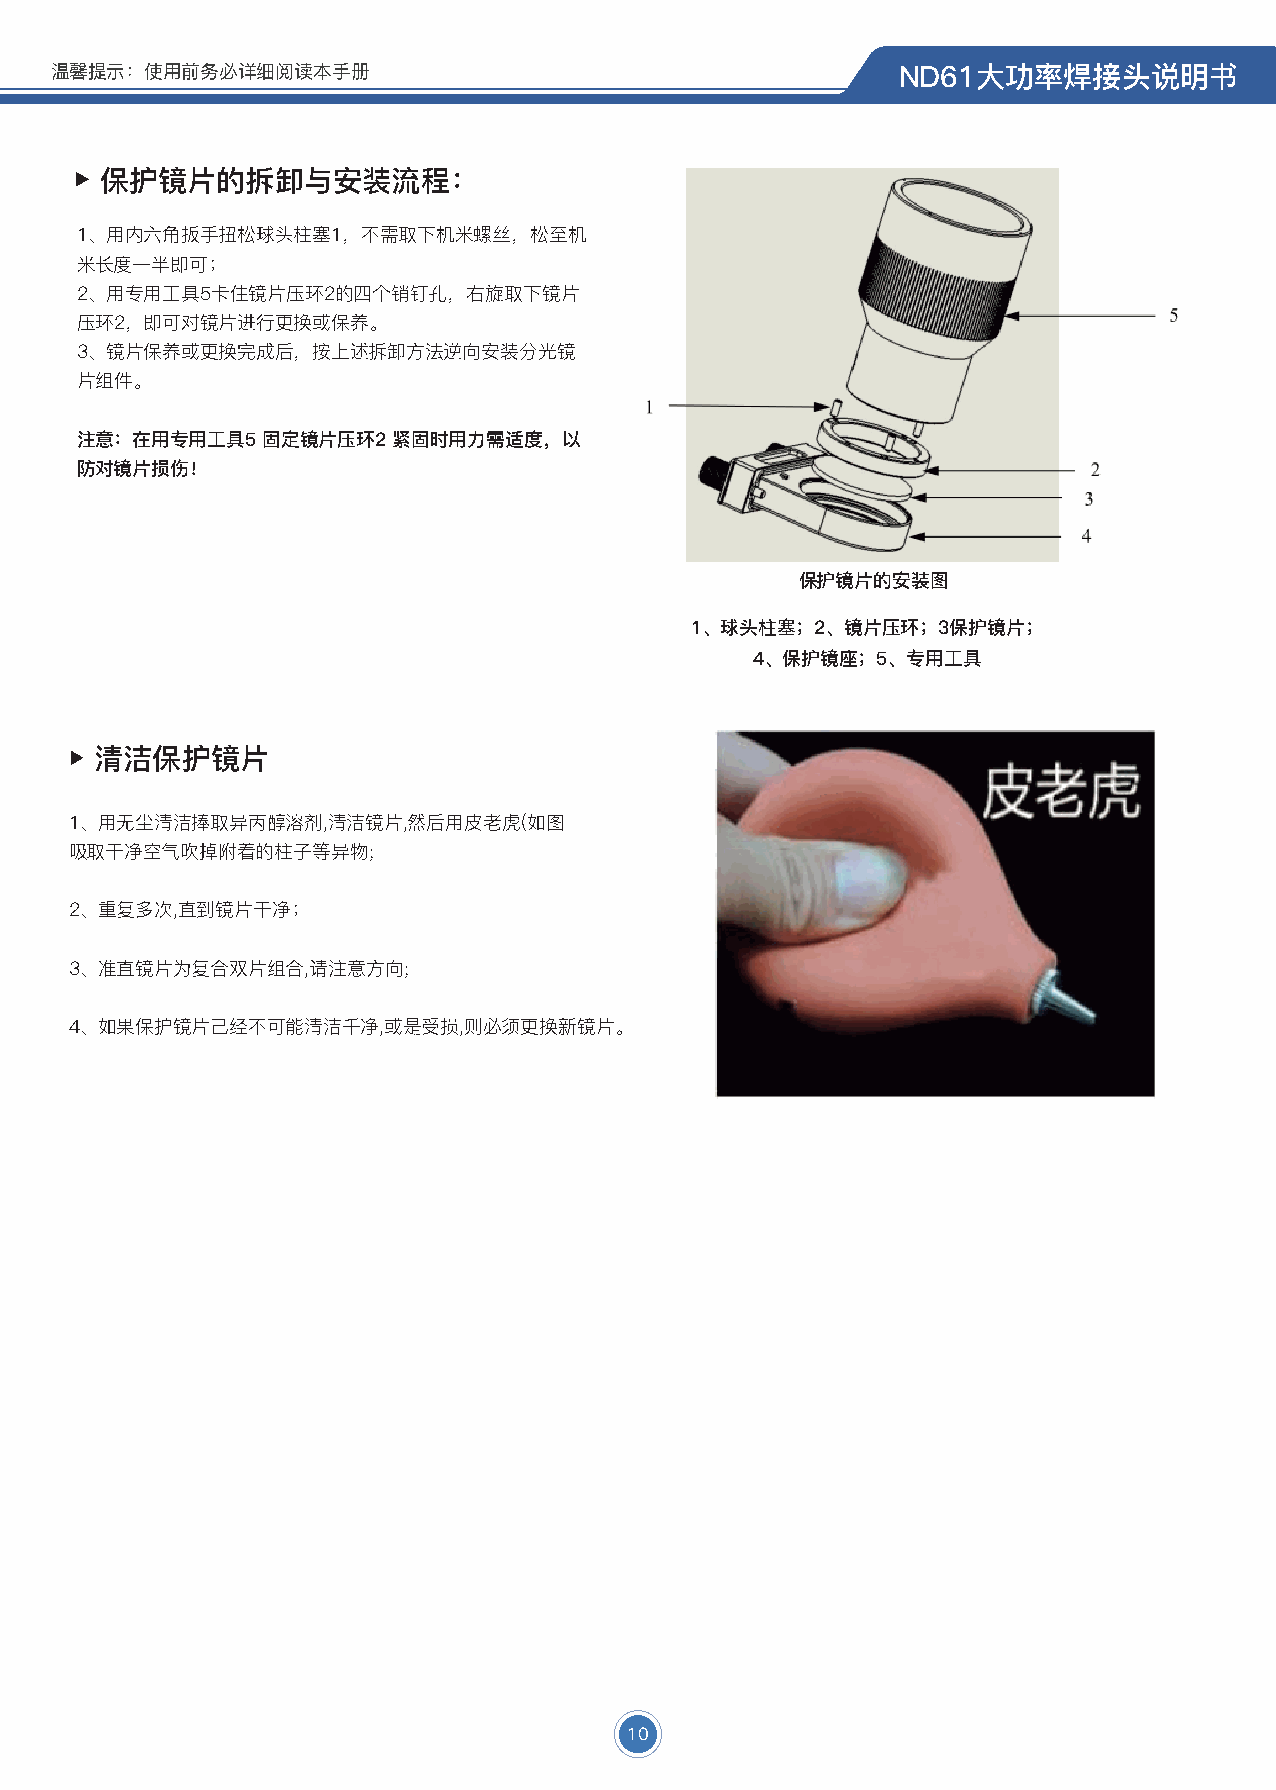
温馨提示：使用前务必详细阅读本手册                                       ND61大功率焊接头说明书
 保护镜片的拆卸与安装流程：
 1、用内六角扳手扭松球头柱塞1，不需取下机米螺丝，松至机
 米长度一半即可；
 2、用专用工具5卡住镜片压环2的四个销钉孔，右旋取下镜片
 压环2，即可对镜片进行更换或保养。
 3、镜片保养或更换完成后，按上述拆卸方法逆向安装分光镜
 片组件。
 注意：在用专用工具5  固定镜片压环2  紧固时用力需适度，以
 防对镜片损伤！
 保护镜片的安装图
 1、球头柱塞；2、镜片压环；3保护镜片；
 4、保护镜座；5、专用工具
 清洁保护镜片
 1、用无尘清洁捧取异丙醇溶剂,清洁镜片,然后用皮老虎(如图
 吸取干净空气吹掉附着的柱子等异物;
 2、重复多次,直到镜片干净；
 3、准直镜片为复合双片组合,请注意方向;
 4、如果保护镜片己经不可能清洁千净,或是受损,则必须更换新镜片。
 10